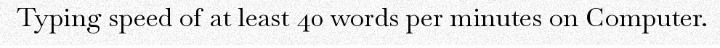
Typing speed of at least 40 words per minutes on Computer.